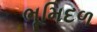
ભૂમિદળ